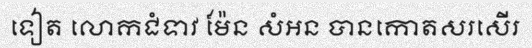
ទៀត លោកជំទាវ ម៉ែន សំអន បានកោតសរសើរ